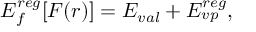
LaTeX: E _ { f } ^ { r e g } [ F ( r ) ] = E _ { v a l } + E _ { v p } ^ { r e g } ,